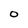
Character: o